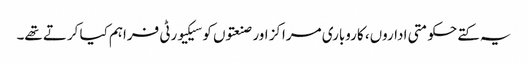
یہ کتے حکومتی اداروں، کاروباری مراکز اور صنعتوں کو سیکیورٹی فراہم کیا کرتے تھے۔